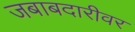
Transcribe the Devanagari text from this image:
जबाबदारीवर